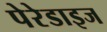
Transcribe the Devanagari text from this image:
पेरेडाइज